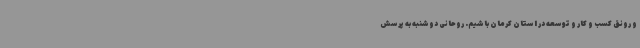
و رونق کسب و کار و توسعه در استان کرمان باشیم. روحانی دوشنبه به پرسش